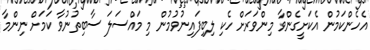
އެހެންކަމުން އެކަށީގެންވާ މިންވަރަށް ހެކި ލިބިފައިނުވުމުން މި މައްސަލަ ސާބިތުނުވާ ކަމަށް ނިންމާ